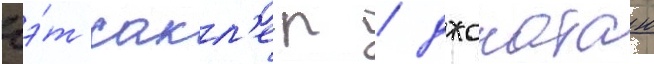
кэ́т сакл'ер / джонатан